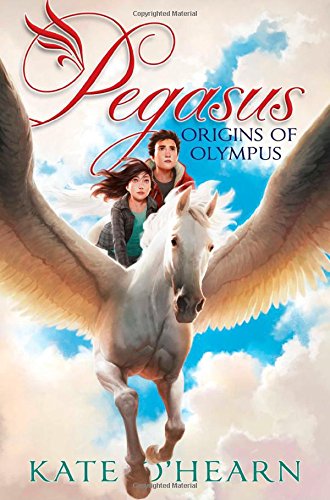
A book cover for Origins of Olympus (Pegasus); Kate O'Hearn; Children's Books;